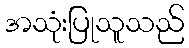
အသုံးပြုသူသည်